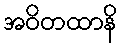
အဝိတထာနိ